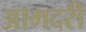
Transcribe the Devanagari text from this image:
आमदरी